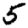
Digit: 5